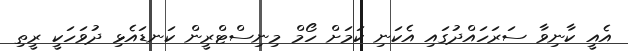
އެއީ ކާނިވާ ސަރަހައްދުގައި އެކަނި ކަމަށް ހޯމް މިނިސްޓްރީން ކަނޑައެޅި ދުވަހަކީ ރީތި